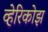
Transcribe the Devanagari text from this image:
व्हेरिकोझ